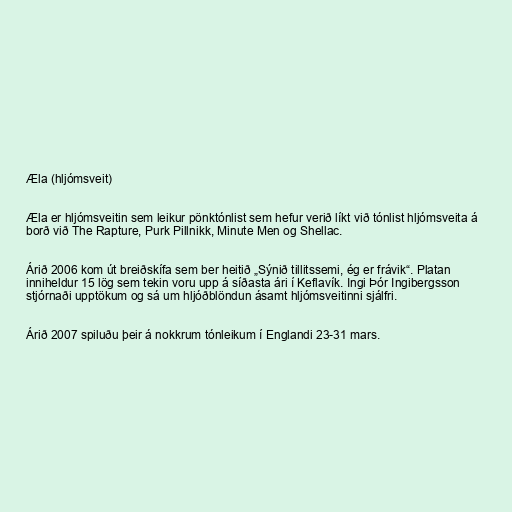
Æla (hljómsveit)

Æla er hljómsveitin sem leikur pönktónlist sem hefur verið líkt við tónlist hljómsveita á
borð við The Rapture, Purk Pillnikk, Minute Men og Shellac.

Árið 2006 kom út breiðskífa sem ber heitið „Sýnið tillitssemi, ég er frávik“. Platan
inniheldur 15 lög sem tekin voru upp á síðasta ári í Keflavík. Ingi Þór Ingibergsson
stjórnaði upptökum og sá um hljóðblöndun ásamt hljómsveitinni sjálfri.

Árið 2007 spiluðu þeir á nokkrum tónleikum í Englandi 23-31 mars.